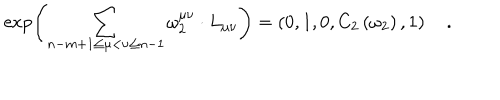
LaTeX: \exp \left( \sum _ { n - m + 1 \le \mu < \nu \le n - 1 } \omega _ { 2 } ^ { \mu \nu } \cdot L _ { \mu \nu } \right) = \left( 0 , 1 , 0 , C _ { 2 } \left( \omega _ { 2 } \right) , 1 \right) \quad .